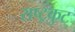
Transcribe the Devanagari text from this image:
राष्‍ट्रकुट